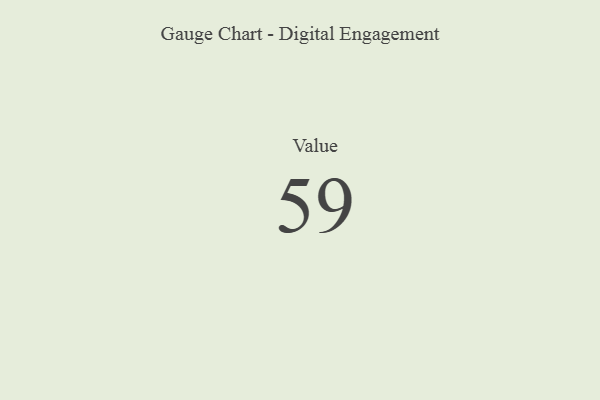
{"axis": {"x": "Metric", "y": "Value"}, "legend": [""], "data": [{"x": "Value", "y": 59, "type": ""}]}